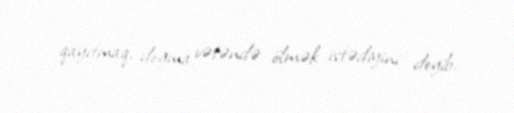
qayıtmaq, doğma vətəndə ölmək istədiyini deyib.